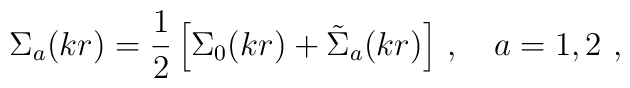
{\Sigma}_a(kr)=\frac 12 \left[{\Sigma}_0(kr)+  {\tilde\Sigma}_a(kr)\right]\,,\quad a=1,2\,\,,